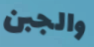
والجبن